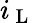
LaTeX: i_{\mathrm{~L~}}